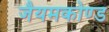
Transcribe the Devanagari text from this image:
जैयमकोण्ड